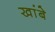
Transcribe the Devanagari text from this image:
खांबे